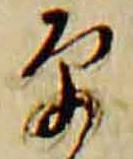
原